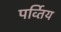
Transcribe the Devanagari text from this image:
पर्व्तिय